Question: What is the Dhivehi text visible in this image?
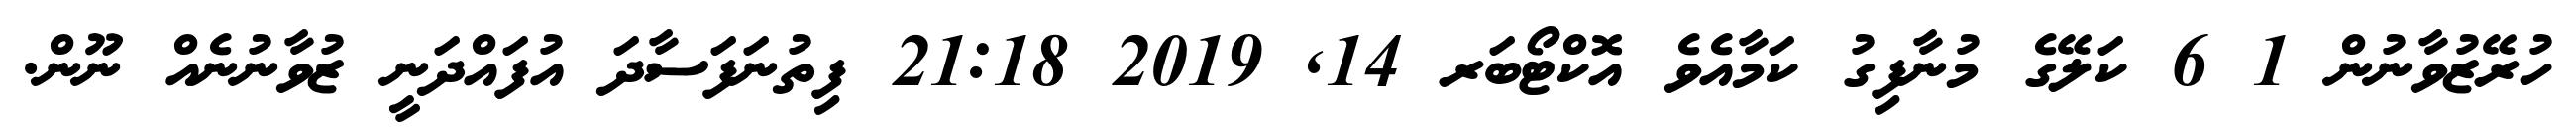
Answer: ހުރޭޒުވާނުން 1 6 ކަލޭގެ މުނާފިގު ކަމާއެވެ އޮކްޓޯބަރ 14, 2019 21:18 ފިތުނަފަސާދަ އުފައްދަނީ ޒުވާނުނެއް ނޫން.